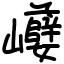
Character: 巕